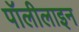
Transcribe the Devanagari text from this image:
पॉलीलाइन